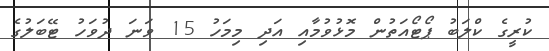
ކުރީގެ ކްލަބު ޕޯޓޯއަތުން މޮޅުވުމާއި އަދި މިމަހު 15 ވަނަ ދުވަހު ޓޭބަލުގެ